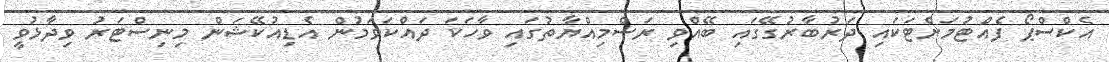
އެކްސްޕޯ ފެއްޓުމަށްޓަކައި ދަރުބާރުގޭގައި ބޭއްވި ރަސްމިއްޔާތުގައި ވާހަކަ ދައްކަވަމުން އެޑިއުކޭޝަން މިނިސްޓަރު ވިދާޅުވީ